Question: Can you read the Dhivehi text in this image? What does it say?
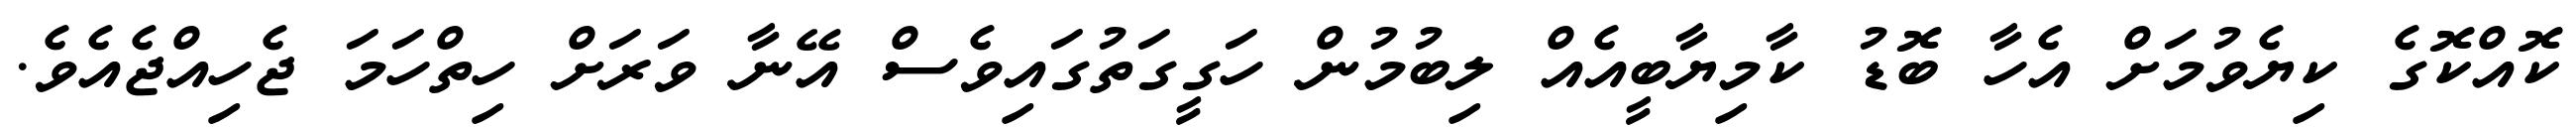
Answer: ކޮއްކޮގެ ކިޔެވުމަށް އެހާ ބޮޑު ކާމިޔާބީއެއް ލިބުމުން ހަގީގަތުގައިވެސް އޭނާ ވަރަށް ހިތްހަމަ ޖެހިއްޖެއެވެ.